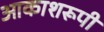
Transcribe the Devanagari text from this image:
आकाशरूपी